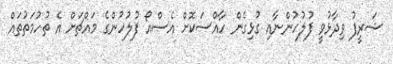
ޝަރީފު ވިދާޅުވީ ފުލުހުންނާއި ގުޅިގެން ހާއްސަކޮށް އެސްއޯ ފުލުހުންގެ މައްޗަށް އެ ތުހުމަތުތައް